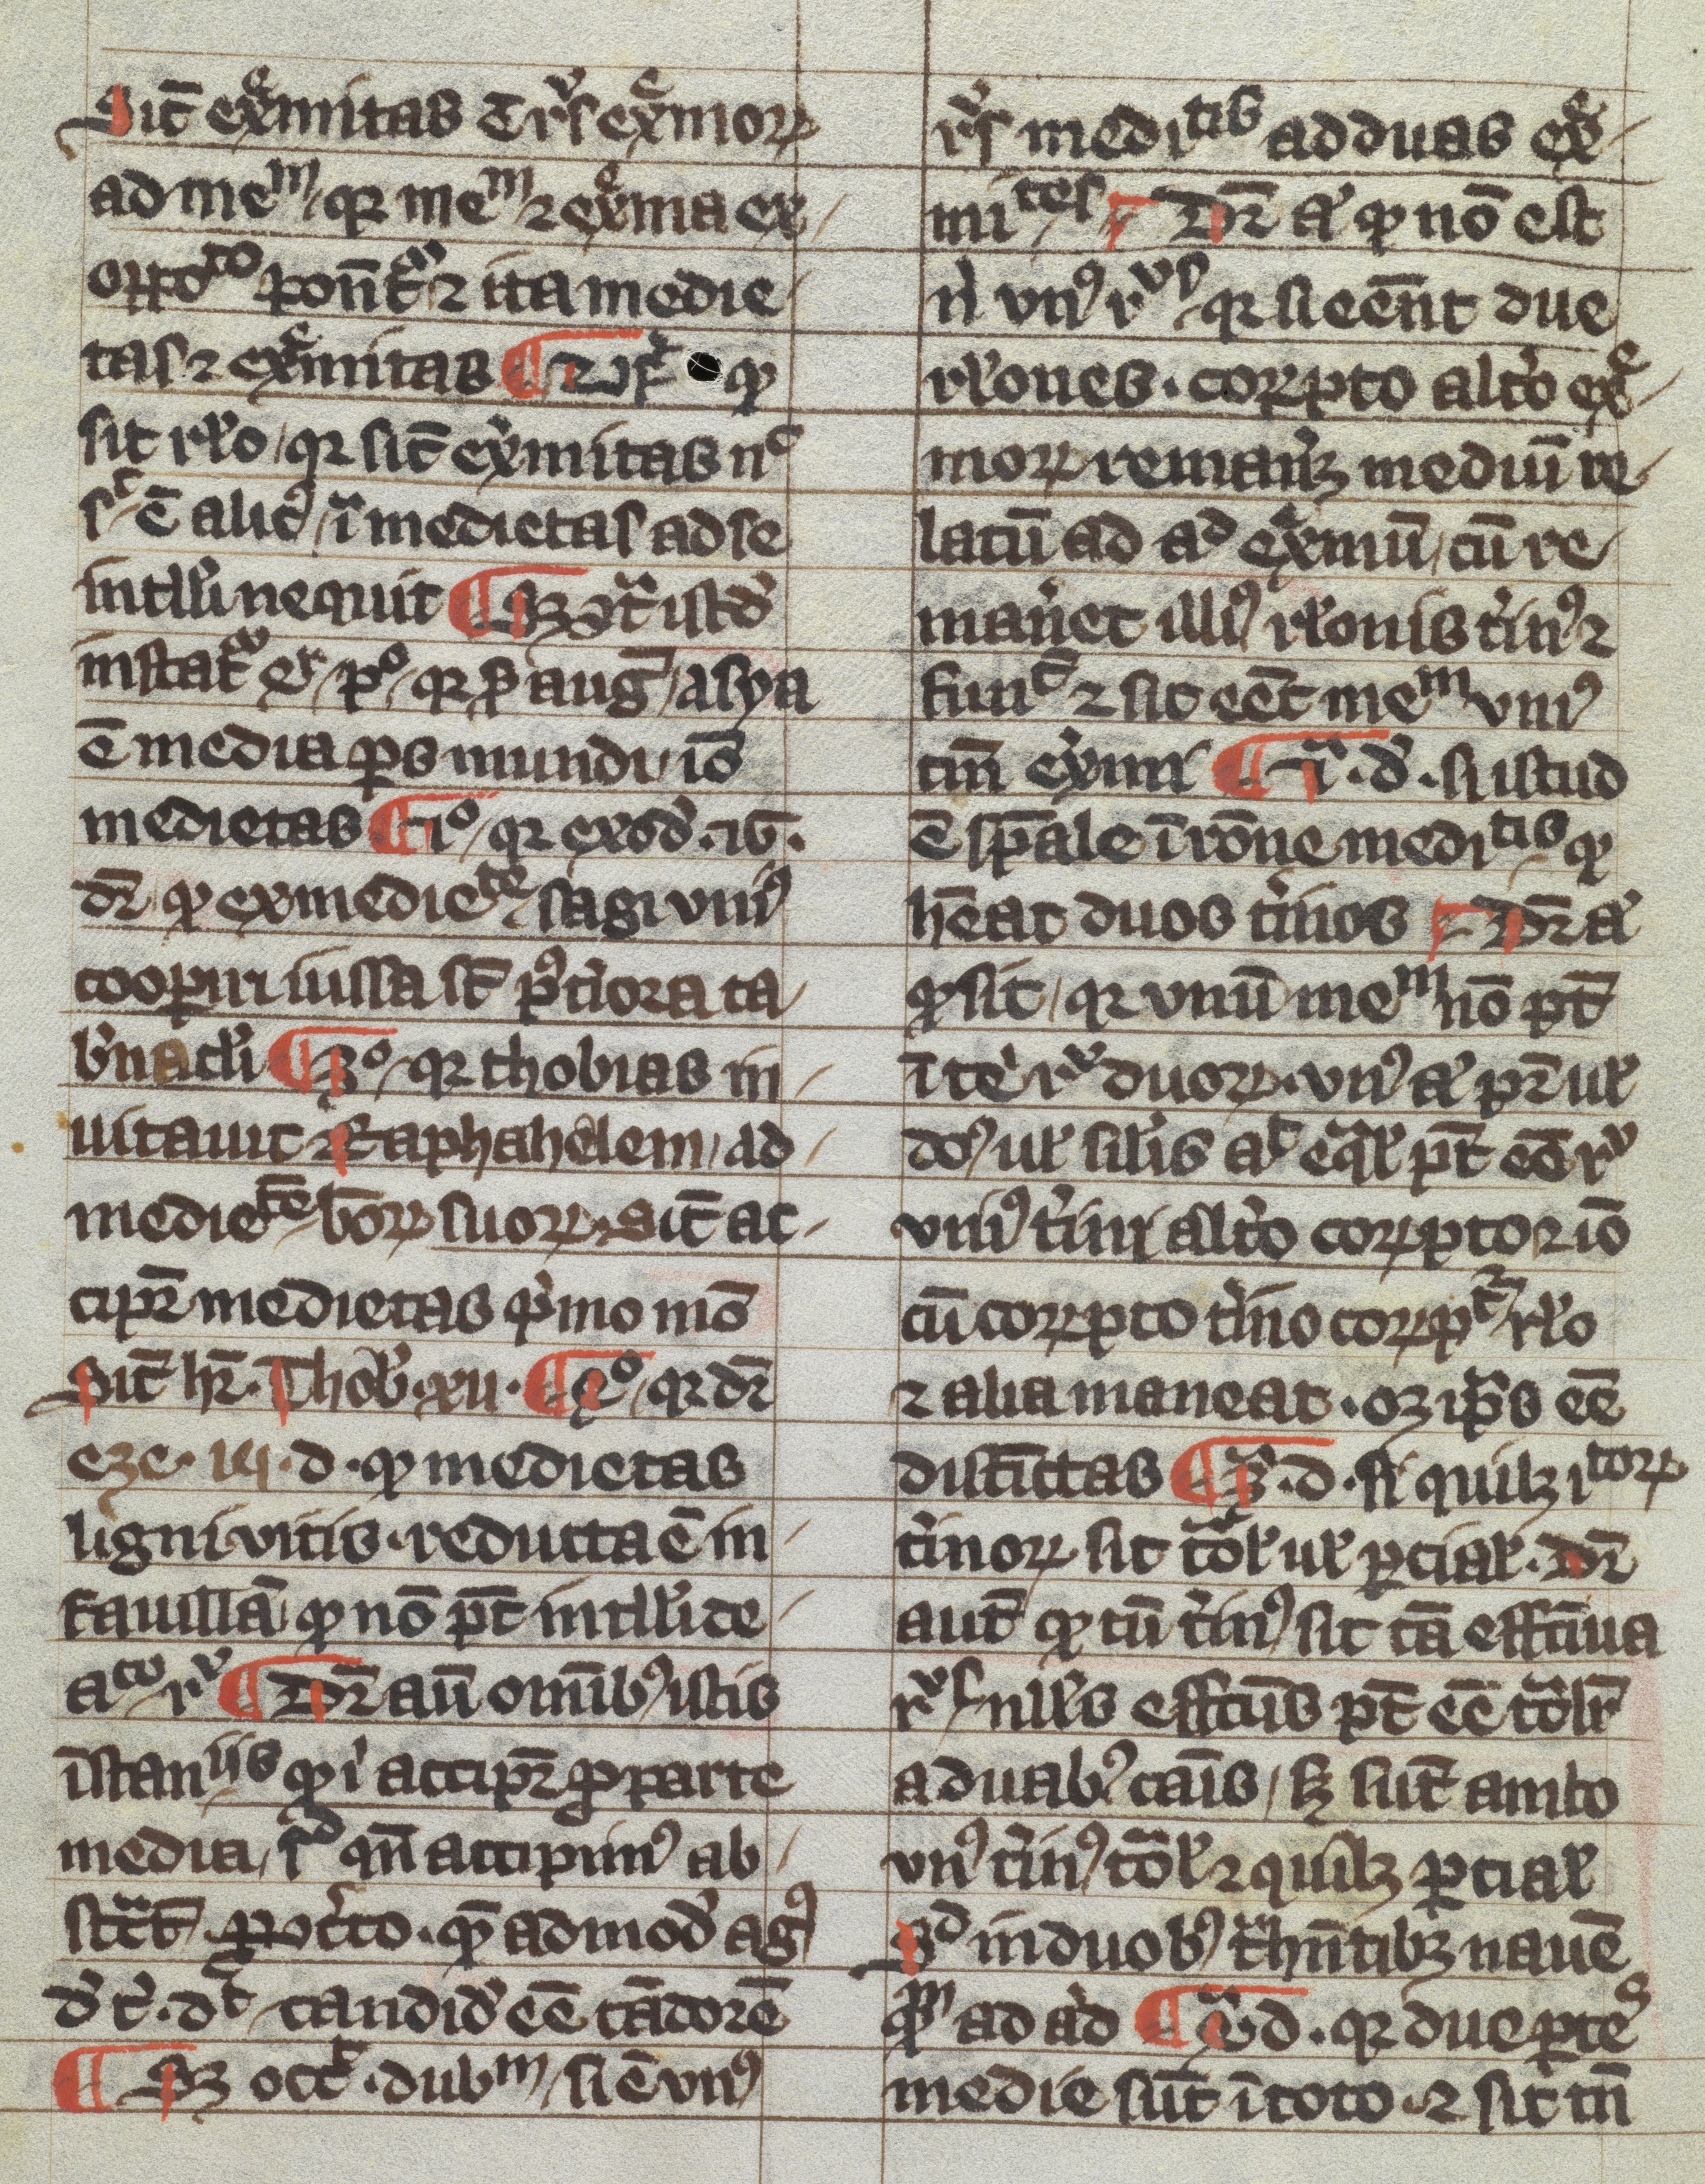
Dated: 1300–1399